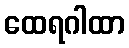
ထေရဂါထာ